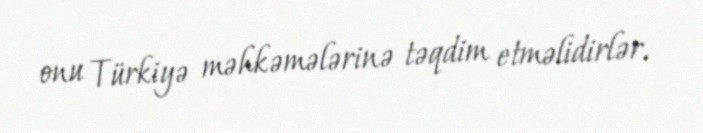
onu Türkiyə məhkəmələrinə təqdim etməlidirlər.